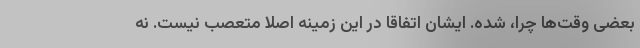
بعضی وقت‌ها چرا، شده. ایشان اتفاقا در این زمینه اصلا متعصب نیست. نه